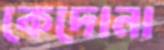
কেদোনা